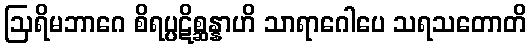
ဩရိမဘာဂေ စိရပ္ပဋိစ္ဆန္နာဟိ သာရာဂေါပေ သရသတောတိ